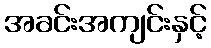
အခင်းအကျင်းနှင့်